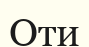
Оти